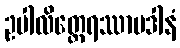
ဥပါလိတ္ထေရဿာပဒါနံ